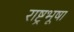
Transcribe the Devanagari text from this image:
राष्ट्रभूषा